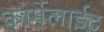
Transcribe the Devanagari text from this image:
कार्मेलाईट